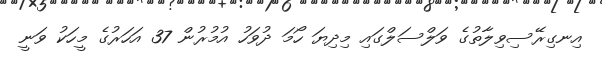
އިނގިރޭސިވިލާތުގެ ވަލްސަލްގައި މިދިޔަ ހޯމަ ދުވަހު އުމުރުން 37 އަހަރުގެ މީހަކު ވަނީ